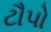
ટૌપો